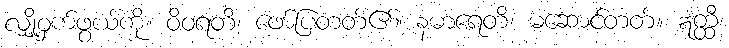
လျှို့ဝှက်ဖွယ်ကို။ ဝိဝရတိ၊ ဖော်ပြတတ်၏။ နဓာရေတိ၊ မဆောင်တတ်။ ဣတ္ထီ၊